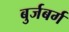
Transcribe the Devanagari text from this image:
बुर्जबर्ग